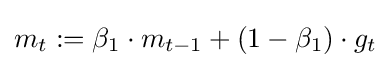
m_{t}:=\beta _{1}\cdot m_{t-1}+(1-\beta _{1})\cdot g_{t}